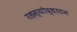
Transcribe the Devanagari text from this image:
रहस्योद्धाटन